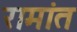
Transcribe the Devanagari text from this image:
रामांत